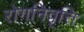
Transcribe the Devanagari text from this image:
रोगनिवृत्ति